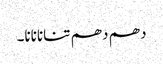
دھم دھم تنانانانا۔